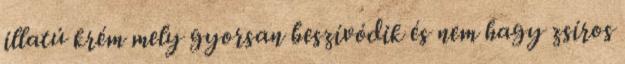
illatú krém mely gyorsan beszívódik és nem hagy zsíros